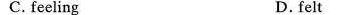
C. feeling D. felt